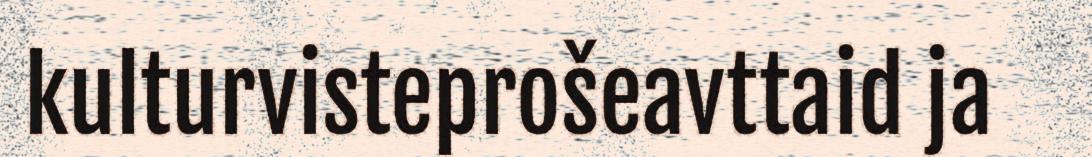
kulturvisteprošeavttaid ja